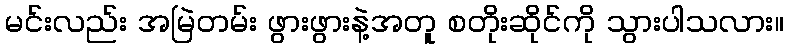
မင်းလည်း အမြဲတမ်း ဖွားဖွားနဲ့အတူ စတိုးဆိုင်ကို သွားပါသလား။